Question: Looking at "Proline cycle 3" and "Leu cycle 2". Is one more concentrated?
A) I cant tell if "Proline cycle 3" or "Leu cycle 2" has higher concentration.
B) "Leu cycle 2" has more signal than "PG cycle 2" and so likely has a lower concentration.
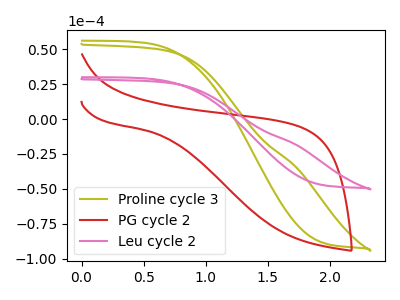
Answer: <think>The olive curve "Proline cycle 3" has no peaks. The red curve "PG cycle 2" has no peaks. The pink curve "Leu cycle 2" has no peaks.
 Neither "Proline cycle 3" or "Leu cycle 2" have any peaks.</think>
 <answer>A) I cant tell if "Proline cycle 3" or "Leu cycle 2" has higher concentration.</answer>
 <eval>A</eval>